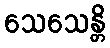
သေသေန္တိ